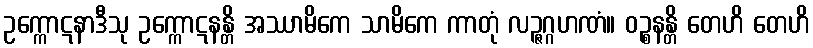
ဥက္ကောဋနာဒီသု ဥက္ကောဋနန္တိ အဿာမိကေ သာမိကေ ကာတုံ လဉ္ဇဂ္ဂဟဏံ။ ဝဉ္စနန္တိ တေဟိ တေဟိ